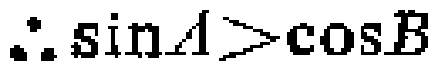
\(\therefore \sin A>\cos B\)